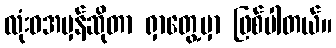
လုံးဝအမှန်ဆိုတာ ရှာတွေ့မှာ ဖြစ်ပါတယ်။